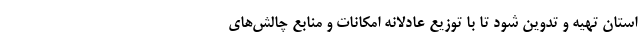
استان تهیه و تدوین شود تا با توزیع عادلانه امکانات و منابع چالش‌های